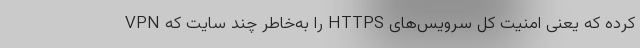
کرده که یعنی امنیت کل سرویس‌های HTTPS را به‌خاطر چند سایت که VPN